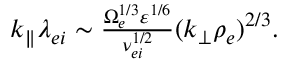
\begin{array} { r } { k _ { \parallel } \lambda _ { e i } \sim \frac { \Omega _ { e } ^ { 1 / 3 } \varepsilon ^ { 1 / 6 } } { \nu _ { e i } ^ { 1 / 2 } } ( k _ { \perp } \rho _ { e } ) ^ { 2 / 3 } . } \end{array}